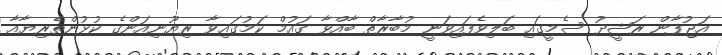
އަޖުފާން ރަޝީދު ސެމީގައި ބަލިވެފައިވަނީ މުބާރާތް ބާއްވާ ގައުމް ކަމުގައިވާ ރިޔޫނިއަންގެ ކުޅުންތެރިޔާއާ